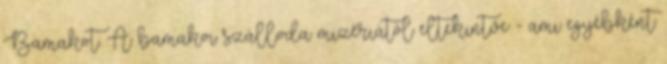
Bamakot. A bamakoi szálloda mizériától eltekintve - ami egyébként